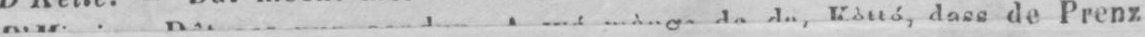
de Prenz